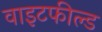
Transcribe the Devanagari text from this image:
वाइटफील्ड